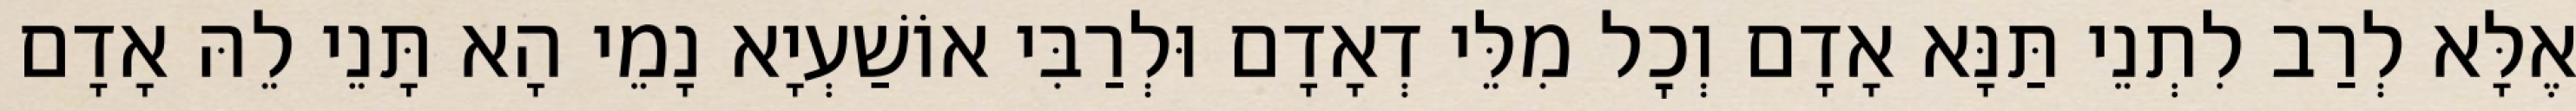
אֶלָּא לְרַב לִתְנֵי תַּנָּא אָדָם וְכׇל מִלֵּי דְאָדָם וּלְרַבִּי אוֹשַׁעְיָא נָמֵי הָא תָּנֵי לֵהּ אָדָם